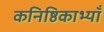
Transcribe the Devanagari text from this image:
कनिष्ठिकाभ्याँ